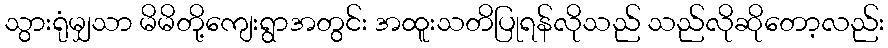
သွားရုံမျှသာ မိမိတို့ကျေးရွာအတွင်း အထူးသတိပြုရန်လိုသည် သည်လိုဆိုတော့လည်း